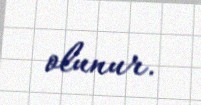
olunur.